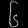
Digit: ၆